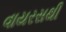
વાયરસથી